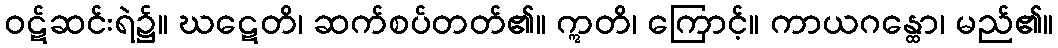
ဝဋ်ဆင်းရဲ၌။ ဃဋေတိ၊ ဆက်စပ်တတ်၏။ ဣတိ၊ ကြောင့်။ ကာယဂန္ထော၊ မည်၏။